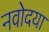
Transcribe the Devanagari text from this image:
नवोदया